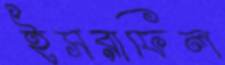
ইসরাফিল